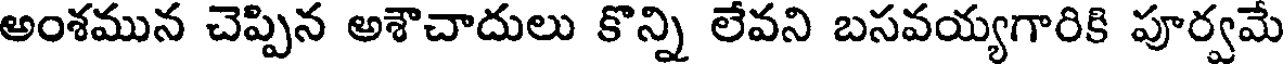
అంశమున చెప్పిన అశౌచాదులు కొన్ని లేవని బసవయ్యగారికి పూర్వమే